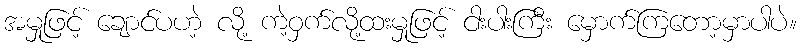
အမှုဖြင့် ချောင်ပဟဲ့ လို့ ကဲ့ဝှက်လို့ထးမှုဖြင့် ငါးပါးကြီး မှောက်ကြတော့မှာပါပဲ။